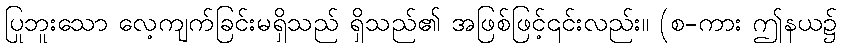
ပြုဘူးသော လေ့ကျက်ခြင်းမရှိသည် ရှိသည်၏ အဖြစ်ဖြင့်၎င်းလည်း။ (စ-ကား ဤနယ၌